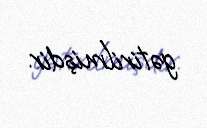
gətirilmişdir.